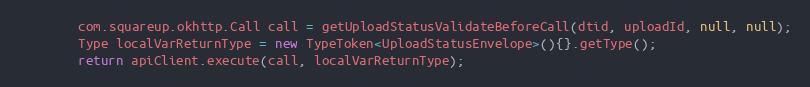
Language: Java
        com.squareup.okhttp.Call call = getUploadStatusValidateBeforeCall(dtid, uploadId, null, null);
        Type localVarReturnType = new TypeToken<UploadStatusEnvelope>(){}.getType();
        return apiClient.execute(call, localVarReturnType);